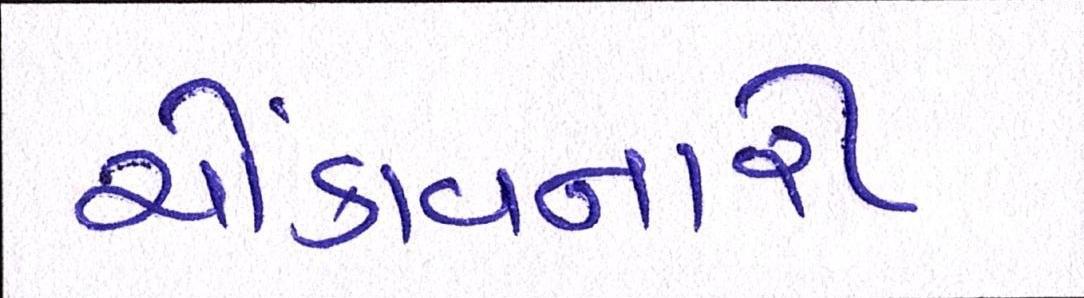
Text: ચોંકાવનારી